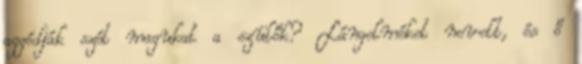
aggódják szét magukat a szülők? Lángelméket nevelt, és ő